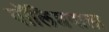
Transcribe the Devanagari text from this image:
पॉलिशवाला